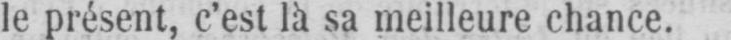
le présent, c’est là sa meilleure chance.